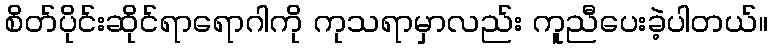
စိတ်ပိုင်းဆိုင်ရာရောဂါကို ကုသရာမှာလည်း ကူညီပေးခဲ့ပါတယ်။